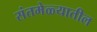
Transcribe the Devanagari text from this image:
संतमेळ्यातील